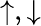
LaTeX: \uparrow,\downarrow